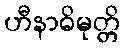
ဟီနာဓိမုတ္တိ